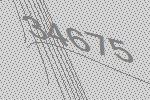
34675